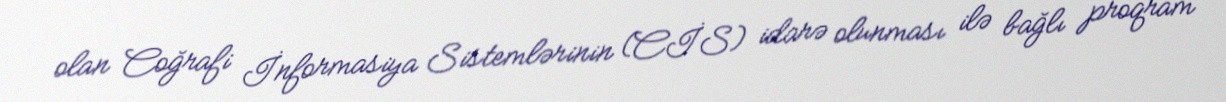
olan Coğrafi İnformasiya Sistemlərinin (CİS) idarə olunması ilə bağlı proqram